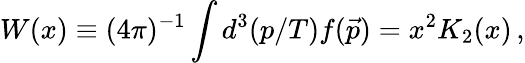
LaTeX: W(x)\equiv(4\pi)^{-1}\int d^{3}(p/T)f(\vec{p})=x^{2}K_{2}(x)\, ,